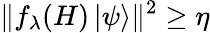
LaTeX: \| f_{\lambda}(H)\left|\psi\right\rangle\| ^{2}\geq\eta